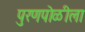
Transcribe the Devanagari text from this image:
पुरणपोळीला